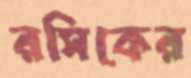
রসিকের